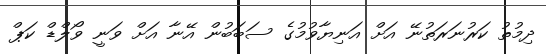
ދިމުތު ކަރުނަރަތުނޭ އަށް އަނިޔާވުމުގެ ސަބަބުން އޭނާ އަށް ވަނީ ވޯލްޑް ކަޕް